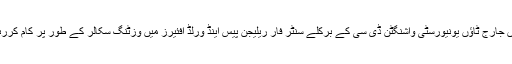
ان دونوں جارج ٹاؤں یونیورسٹی واشنگٹن ڈی سی کے برکلے سنٹر فار ریلیجن پیس اینڈ ورلڈ افئیرز میں وزٹنگ سکالر کے طور پر کام کررہے ہیں۔